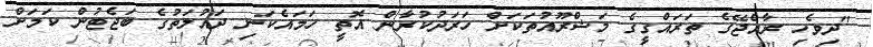
"ދިވެހި ރާއްޖޭގެ ތަރައްގީގެ މަޝްރޫއުތަކަށް ހަރަދުކުރާން އޮތީ ހަމައެކަނި ދައުލަތުގެ ބަޖެޓުން ކަމަށް